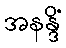
အနန္ဒိံ